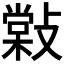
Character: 𢿧